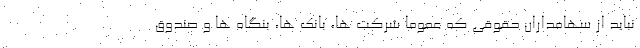
نباید از سهامداران حقوقی که عموما شرکت ها، بانک ها، بنگاه ها و صندوق